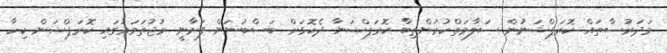
މަދަރުސާތައް ކޮރަޕްޝަނުން ސަލާމަތްކުރުންތިބާ ކޮރަޕްޝަނާ ދެކޮޅަށް ބަސްބުނަން ފަށާނީ މުޖުތަމަޢުގައި ކޮރަޕްޝަން ކިހާ